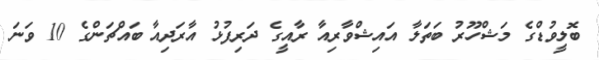
ބޮލީވުޑްގެ މަޝްހޫރު ބަތަލާ އައިޝްވާރިއާ ރާއީގެ ދަރިފުޅު އާރަދިއާ ބައްޗަންގެ 10 ވަނަ